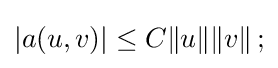
|a(u,v)|\leq C\|u\|\|v\|\,;